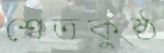
শ্বেতকুষ্ঠ